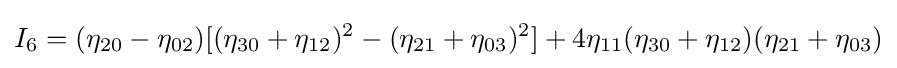
I_{6}=(\eta _{20}-\eta _{02})[(\eta _{30}+\eta _{12})^{2}-(\eta _{21}+\eta _{03})^{2}]+4\eta _{11}(\eta _{30}+\eta _{12})(\eta _{21}+\eta _{03})